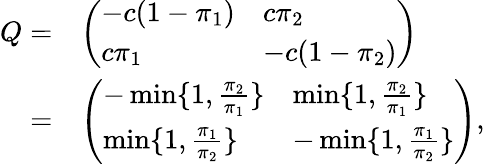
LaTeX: \begin{array}{rl}{Q=}&{\left(\begin{array}{ll}{-c(1-\pi_{1})}&{c\pi_{2}}\\ {c\pi_{1}}&{-c(1-\pi_{2})}\end{array}\right)}\\ {=}&{\left(\begin{array}{ll}{-\operatorname*{min}\{ 1,\frac{\pi_{2}}{\pi_{1}}\} }&{\operatorname*{min}\{ 1,\frac{\pi_{2}}{\pi_{1}}\} }\\ {\operatorname*{min}\{ 1,\frac{\pi_{1}}{\pi_{2}}\} }&{-\operatorname*{min}\{ 1,\frac{\pi_{1}}{\pi_{2}}\} }\end{array}\right),}\end{array}